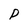
Character: P